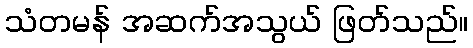
သံတမန် အဆက်အသွယ် ဖြတ်သည်။